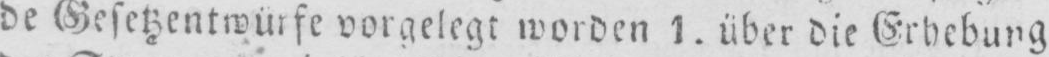
de Gesetzentwürfe vorgelegt worden 1. über die Erhebung